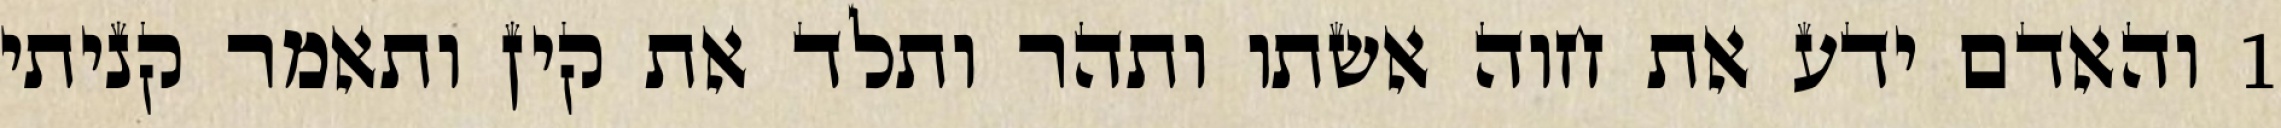
1 והאדם ידע את חוה אשתו ותהר ותלד את קין ותאמר קניתי